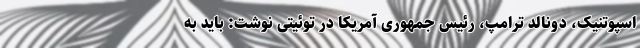
اسپوتنیک، دونالد ترامپ، رئیس جمهوری آمریکا در توئیتی نوشت: باید به